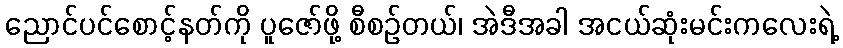
ညောင်ပင်စောင့်နတ်ကို ပူဇော်ဖို့ စီစဉ်တယ်၊ အဲဒီအခါ အငယ်ဆုံးမင်းကလေးရဲ့